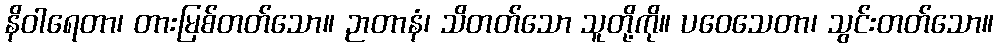
နိဝါရေတာ၊ တားမြစ်တတ်သော။ ဉာတာနံ၊ သိတတ်သော သူတို့ကို။ ပဝေသေတာ၊ သွင်းတတ်သော။